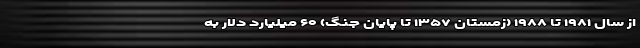
از سال ۱۹۸۱ تا ۱۹۸۸ (زمستان ۱۳۵۷ تا پایان جنگ) ۶۰ میلیارد دلار به